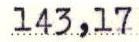
143,17